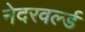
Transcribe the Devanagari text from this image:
नेदरवर्ल्ड